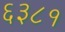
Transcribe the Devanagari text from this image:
६३८१